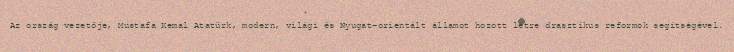
Az ország vezetője, Mustafa Kemal Atatürk, modern, világi és Nyugat-orientált államot hozott létre drasztikus reformok segítségével.